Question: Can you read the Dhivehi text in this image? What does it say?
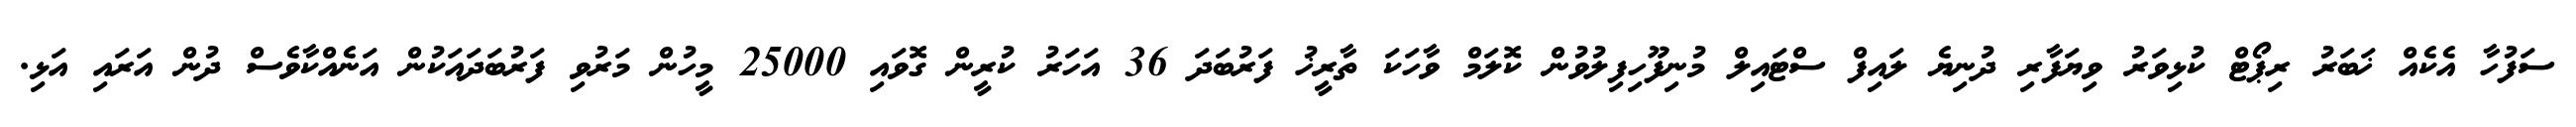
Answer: ސަފުހާ އެކެއް ޚަބަރު ރިޕޯޓް ކުޅިވަރު ވިޔަފާރި ދުނިޔެ ލައިފް ސްޓައިލް މުނިފޫހިފިލުވުން ކޮލަމް ވާހަކަ ތާރީޚު ފަރުބަދަ 36 އަހަރު ކުރީން ގޮވައި 25000 މީހުން މަރުވި ފަރުބަދައަކުން އަނެއްކާވެސް ދުން އަރައި އަޅި.